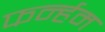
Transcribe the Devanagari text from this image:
फर्न्हम